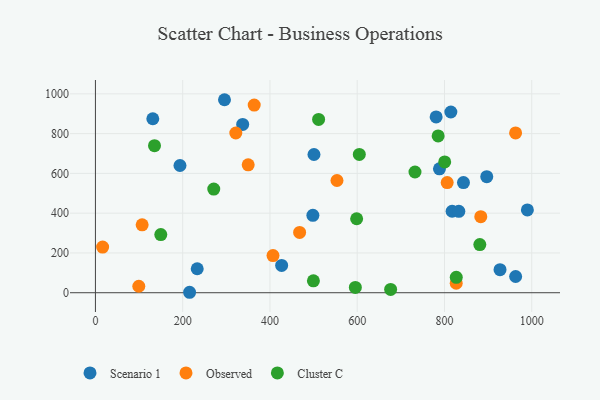
{"axis": {"x": "Engine Size", "y": "Sales"}, "legend": ["Cluster C", "Observed", "Scenario 1"], "data": [{"x": "295.8", "y": 970.4, "type": "Scenario 1"}, {"x": "426.8", "y": 137.4, "type": "Scenario 1"}, {"x": "843.5", "y": 554.0, "type": "Scenario 1"}, {"x": "927.3", "y": 115.9, "type": "Scenario 1"}, {"x": "814.6", "y": 908.6, "type": "Scenario 1"}, {"x": "193.8", "y": 639.8, "type": "Scenario 1"}, {"x": "963.1", "y": 81.6, "type": "Scenario 1"}, {"x": "817.5", "y": 409.6, "type": "Scenario 1"}, {"x": "832.9", "y": 409.3, "type": "Scenario 1"}, {"x": "780.9", "y": 883.7, "type": "Scenario 1"}, {"x": "131.5", "y": 874.7, "type": "Scenario 1"}, {"x": "990.0", "y": 416.3, "type": "Scenario 1"}, {"x": "788.5", "y": 622.8, "type": "Scenario 1"}, {"x": "337.5", "y": 846.1, "type": "Scenario 1"}, {"x": "215.8", "y": 2.3, "type": "Scenario 1"}, {"x": "498.4", "y": 389.2, "type": "Scenario 1"}, {"x": "233.3", "y": 120.5, "type": "Scenario 1"}, {"x": "500.9", "y": 694.9, "type": "Scenario 1"}, {"x": "896.9", "y": 583.3, "type": "Scenario 1"}, {"x": "407.0", "y": 186.8, "type": "Observed"}, {"x": "99.4", "y": 32.6, "type": "Observed"}, {"x": "321.7", "y": 803.1, "type": "Observed"}, {"x": "963.0", "y": 803.4, "type": "Observed"}, {"x": "553.6", "y": 564.3, "type": "Observed"}, {"x": "16.5", "y": 229.4, "type": "Observed"}, {"x": "107.1", "y": 341.3, "type": "Observed"}, {"x": "806.2", "y": 553.7, "type": "Observed"}, {"x": "883.2", "y": 382.5, "type": "Observed"}, {"x": "363.9", "y": 943.5, "type": "Observed"}, {"x": "468.0", "y": 303.3, "type": "Observed"}, {"x": "826.9", "y": 47.6, "type": "Observed"}, {"x": "350.1", "y": 643.1, "type": "Observed"}, {"x": "149.8", "y": 292.4, "type": "Cluster C"}, {"x": "785.5", "y": 788.2, "type": "Cluster C"}, {"x": "499.6", "y": 59.7, "type": "Cluster C"}, {"x": "135.4", "y": 739.4, "type": "Cluster C"}, {"x": "598.7", "y": 371.9, "type": "Cluster C"}, {"x": "827.0", "y": 77.4, "type": "Cluster C"}, {"x": "676.6", "y": 16.7, "type": "Cluster C"}, {"x": "604.8", "y": 695.3, "type": "Cluster C"}, {"x": "732.4", "y": 606.9, "type": "Cluster C"}, {"x": "881.0", "y": 241.9, "type": "Cluster C"}, {"x": "271.2", "y": 521.1, "type": "Cluster C"}, {"x": "595.7", "y": 26.6, "type": "Cluster C"}, {"x": "800.5", "y": 657.9, "type": "Cluster C"}, {"x": "511.5", "y": 871.4, "type": "Cluster C"}]}